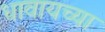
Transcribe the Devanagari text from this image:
धावायच्या